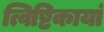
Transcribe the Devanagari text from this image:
त्विष्टिकायां